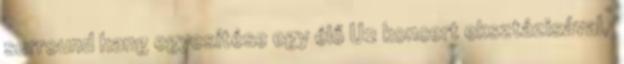
surround hang egyesítése egy élő U2 koncert eksztázisával,